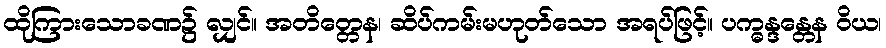
ထိုကြားသောခဏ၌ လျှင်။ အတိတ္တေန၊ ဆိပ်ကမ်းမဟုတ်သော အရပ်ဖြင့်။ ပက္ဓန္ဒန္တေန ဝိယ၊